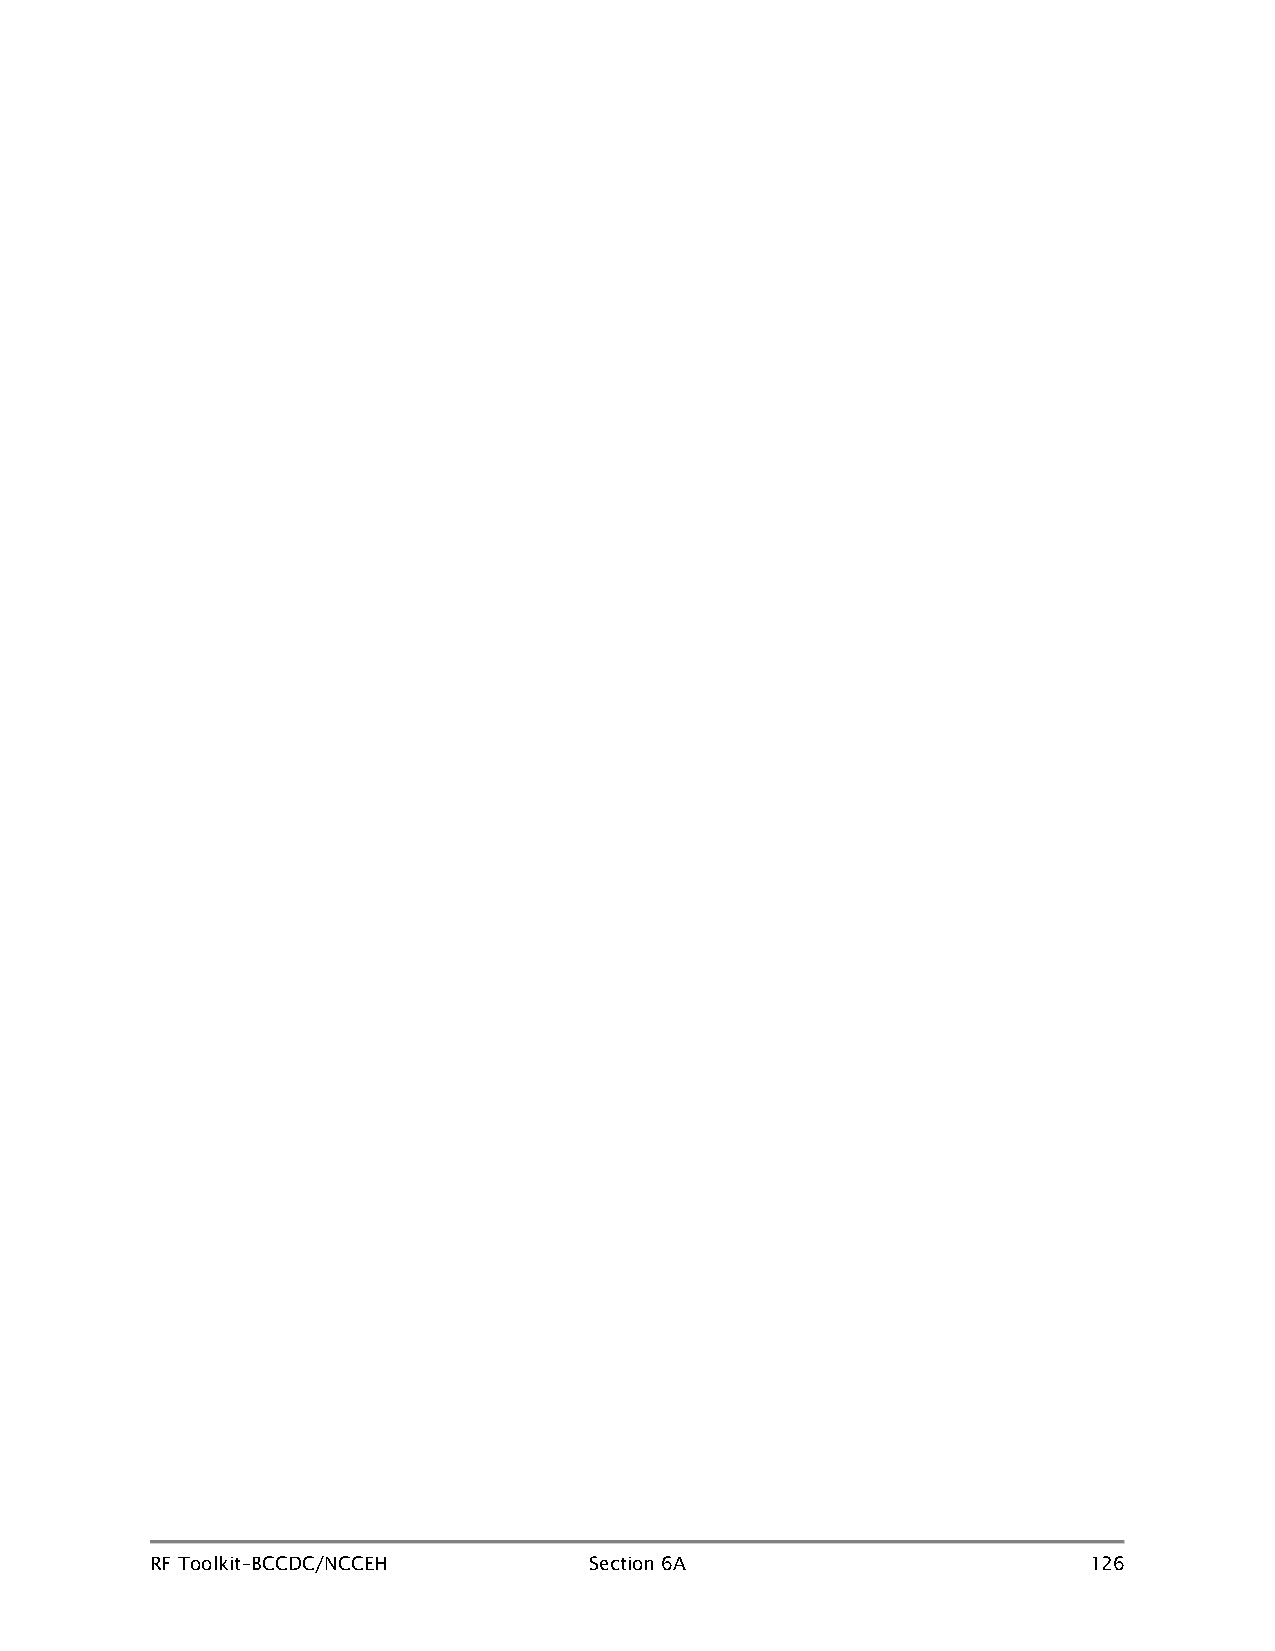
RF Toolkit–BCCDC/NCCEH       Section 6A                       126